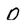
Character: 0